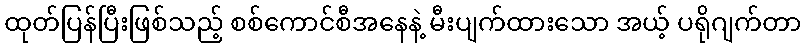
ထုတ်ပြန်ပြီးဖြစ်သည့် စစ်ကောင်စီအနေနဲ့ မီးပျက်ထားသော အယ့် ပရိုဂျက်တာ